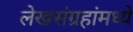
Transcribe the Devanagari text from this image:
लेखसंग्रहांमध्ये